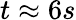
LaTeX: t\approx 6s